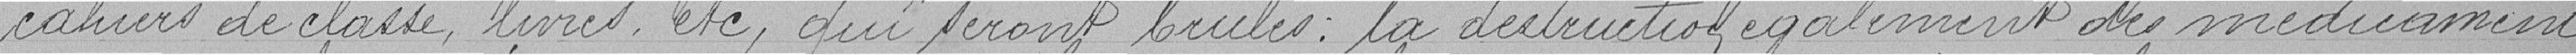
cahiers de classe, livres, etc. qui seront brûlés : la destruction également des médicaments